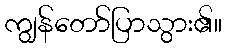
ကျွန်တော်ပြာသွား၏။